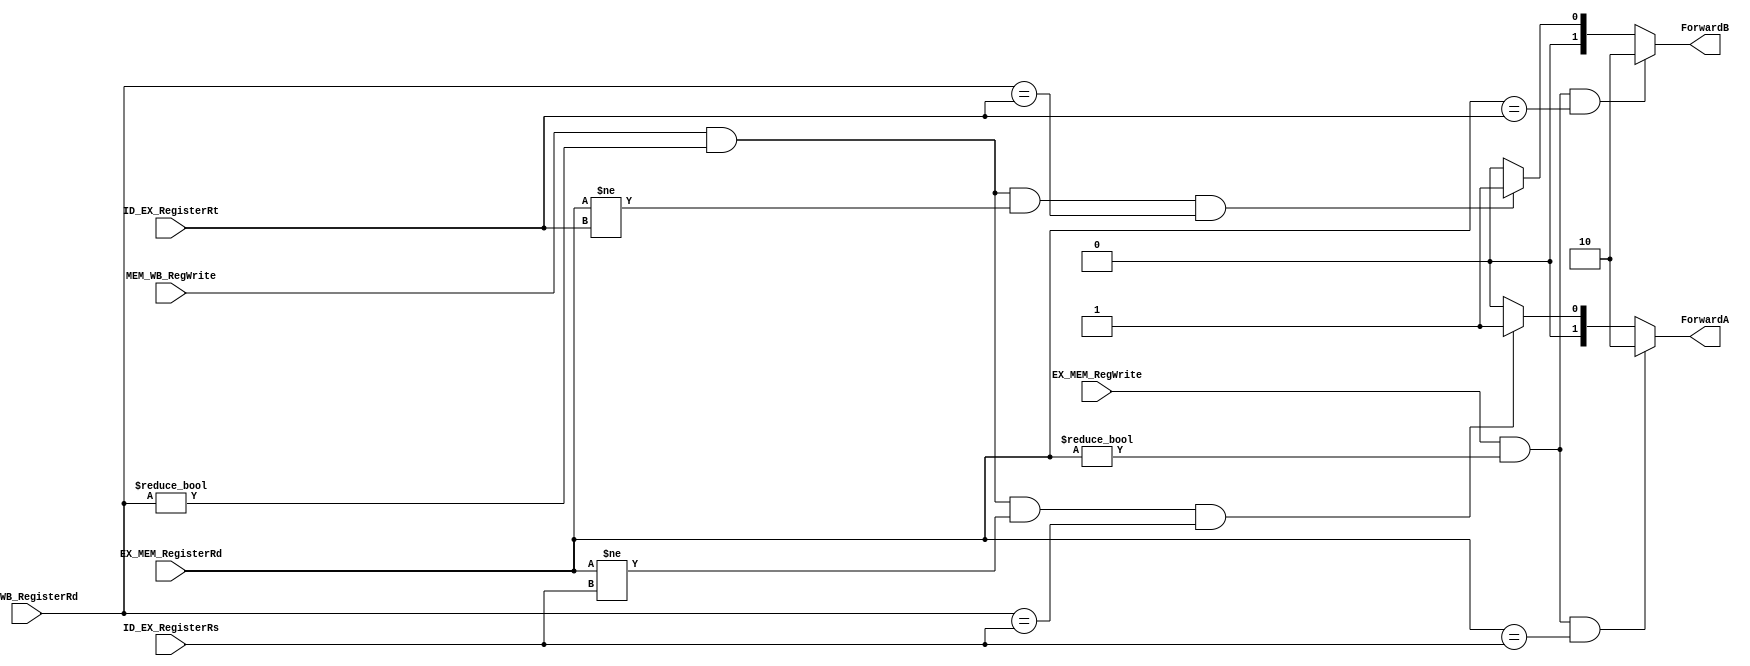
`timescale 1ns / 1ps
//////////////////////////////////////////////////////////////////////////////////
// Company: 
// Engineer: 
// 
// Design Name: 
// Module Name:    forwarding_unit 
// Project Name: 
// Target Devices: 
// Tool versions: 
// Description: 
//
// Dependencies: 
//
// Revision: 
// Revision 0.01 - File Created
// Additional Comments: 
//
//////////////////////////////////////////////////////////////////////////////////
module forwarding_unit(
    input [4:0] EX_MEM_RegisterRd,//reg_dest_EX_out en el pipeline
    input [4:0] MEM_WB_RegisterRd,//write_back_address_ID_in en el pipeline
	 //input MemToReg_EX, //MemToReg salida del execute
	 input EX_MEM_RegWrite,//RegWrite salida del execute
	 //input MemToReg_MEM,//MemToReg salida del memory access
	 input MEM_WB_RegWrite,//RegWrite salida del memory access
    input [4:0] ID_EX_RegisterRs,//reg_dest_s_type_in u_id_ex_register
    input [4:0] ID_EX_RegisterRt,//reg_dest_l_type_in u_id_ex_register
    output [1:0] ForwardA,//al mux_3_A de execute
    output [1:0] ForwardB//al mux_3_B de execute
    );

reg [1:0] auxA, auxB;

always@*
begin
	//EX hazard
	if(EX_MEM_RegWrite
	& (EX_MEM_RegisterRd != 0)
	& (EX_MEM_RegisterRd == ID_EX_RegisterRs))
		auxA = 2'b10;
	
	//MEM hazard
	else if(MEM_WB_RegWrite
	& (MEM_WB_RegisterRd != 0)
	& (EX_MEM_RegisterRd != ID_EX_RegisterRs)
	& (MEM_WB_RegisterRd == ID_EX_RegisterRs))
		auxA = 2'b01;
		
	else
		auxA = 2'b00;
	
	//EX hazard
	if(EX_MEM_RegWrite
	& (EX_MEM_RegisterRd != 0)
	& (EX_MEM_RegisterRd == ID_EX_RegisterRt))
		auxB = 2'b10;
	
	//MEM hazard	
	else if(MEM_WB_RegWrite
	& (MEM_WB_RegisterRd != 0)
	& (EX_MEM_RegisterRd != ID_EX_RegisterRt)
	& (MEM_WB_RegisterRd == ID_EX_RegisterRt))
		auxB = 2'b01;

	else
		auxB = 2'b00;

end

assign ForwardA = auxA;
assign ForwardB = auxB;
 
endmodule